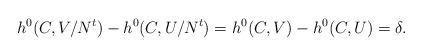
LaTeX: \begin{align*}h^0(C, V/N^t)- h^0(C,U/N^t) = h^0(C, V) - h^0(C, U) = \delta.\end{align*}